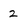
Character: 2